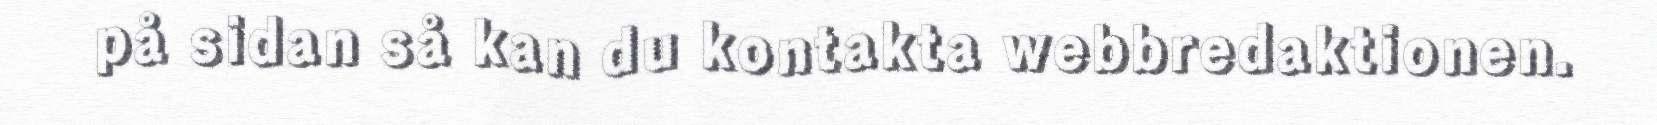
på sidan så kan du kontakta webbredaktionen.